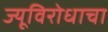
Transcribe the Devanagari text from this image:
ज्यूविरोधाचा